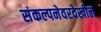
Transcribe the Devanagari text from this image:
संकल्पनेवरदेखील